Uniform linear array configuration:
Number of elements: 4
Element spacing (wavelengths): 0.5
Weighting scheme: kaiser
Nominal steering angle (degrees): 30
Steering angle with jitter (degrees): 28.304
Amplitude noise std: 0.05
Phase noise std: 0.05

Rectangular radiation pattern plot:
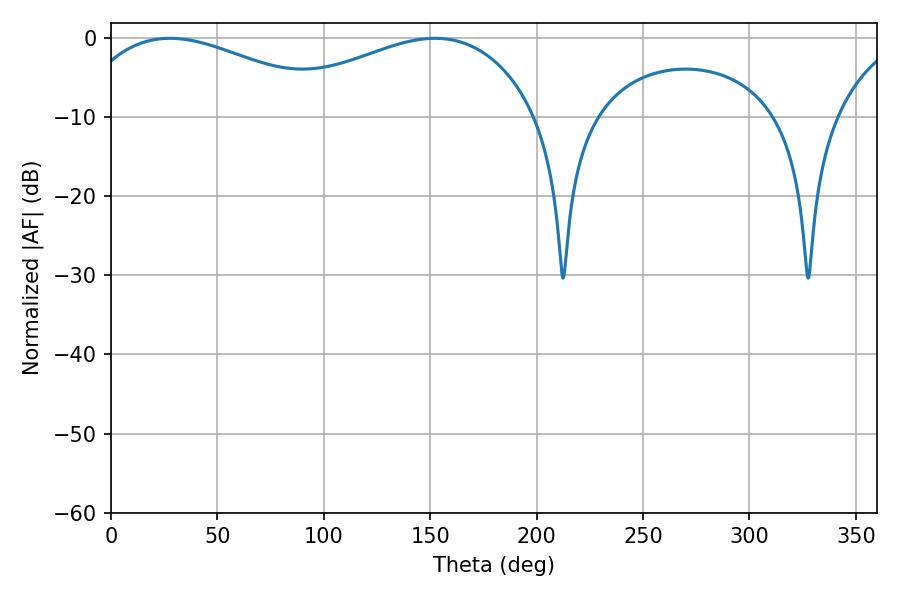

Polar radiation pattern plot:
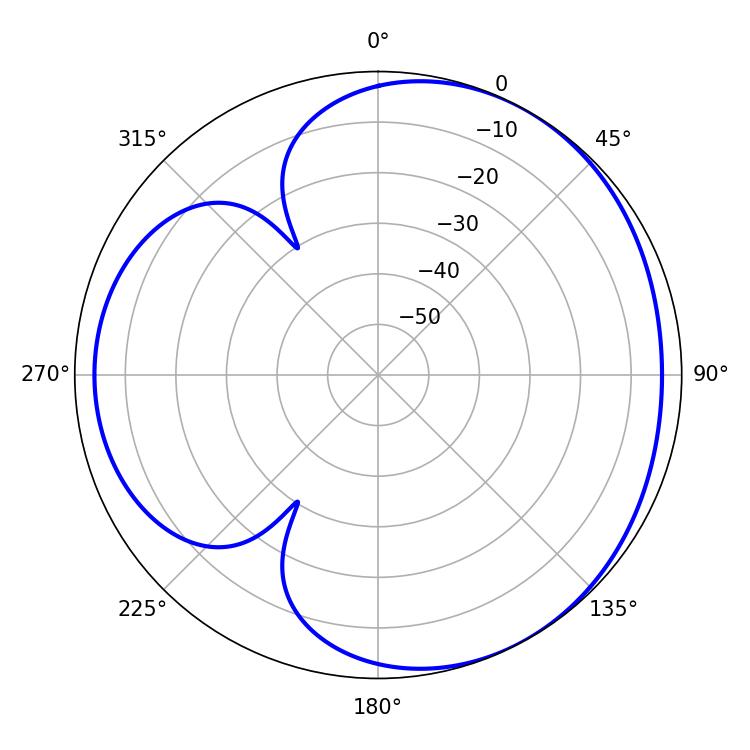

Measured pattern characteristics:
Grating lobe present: FALSE
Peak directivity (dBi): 3.554
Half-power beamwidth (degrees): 70.2
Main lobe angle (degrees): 27.72